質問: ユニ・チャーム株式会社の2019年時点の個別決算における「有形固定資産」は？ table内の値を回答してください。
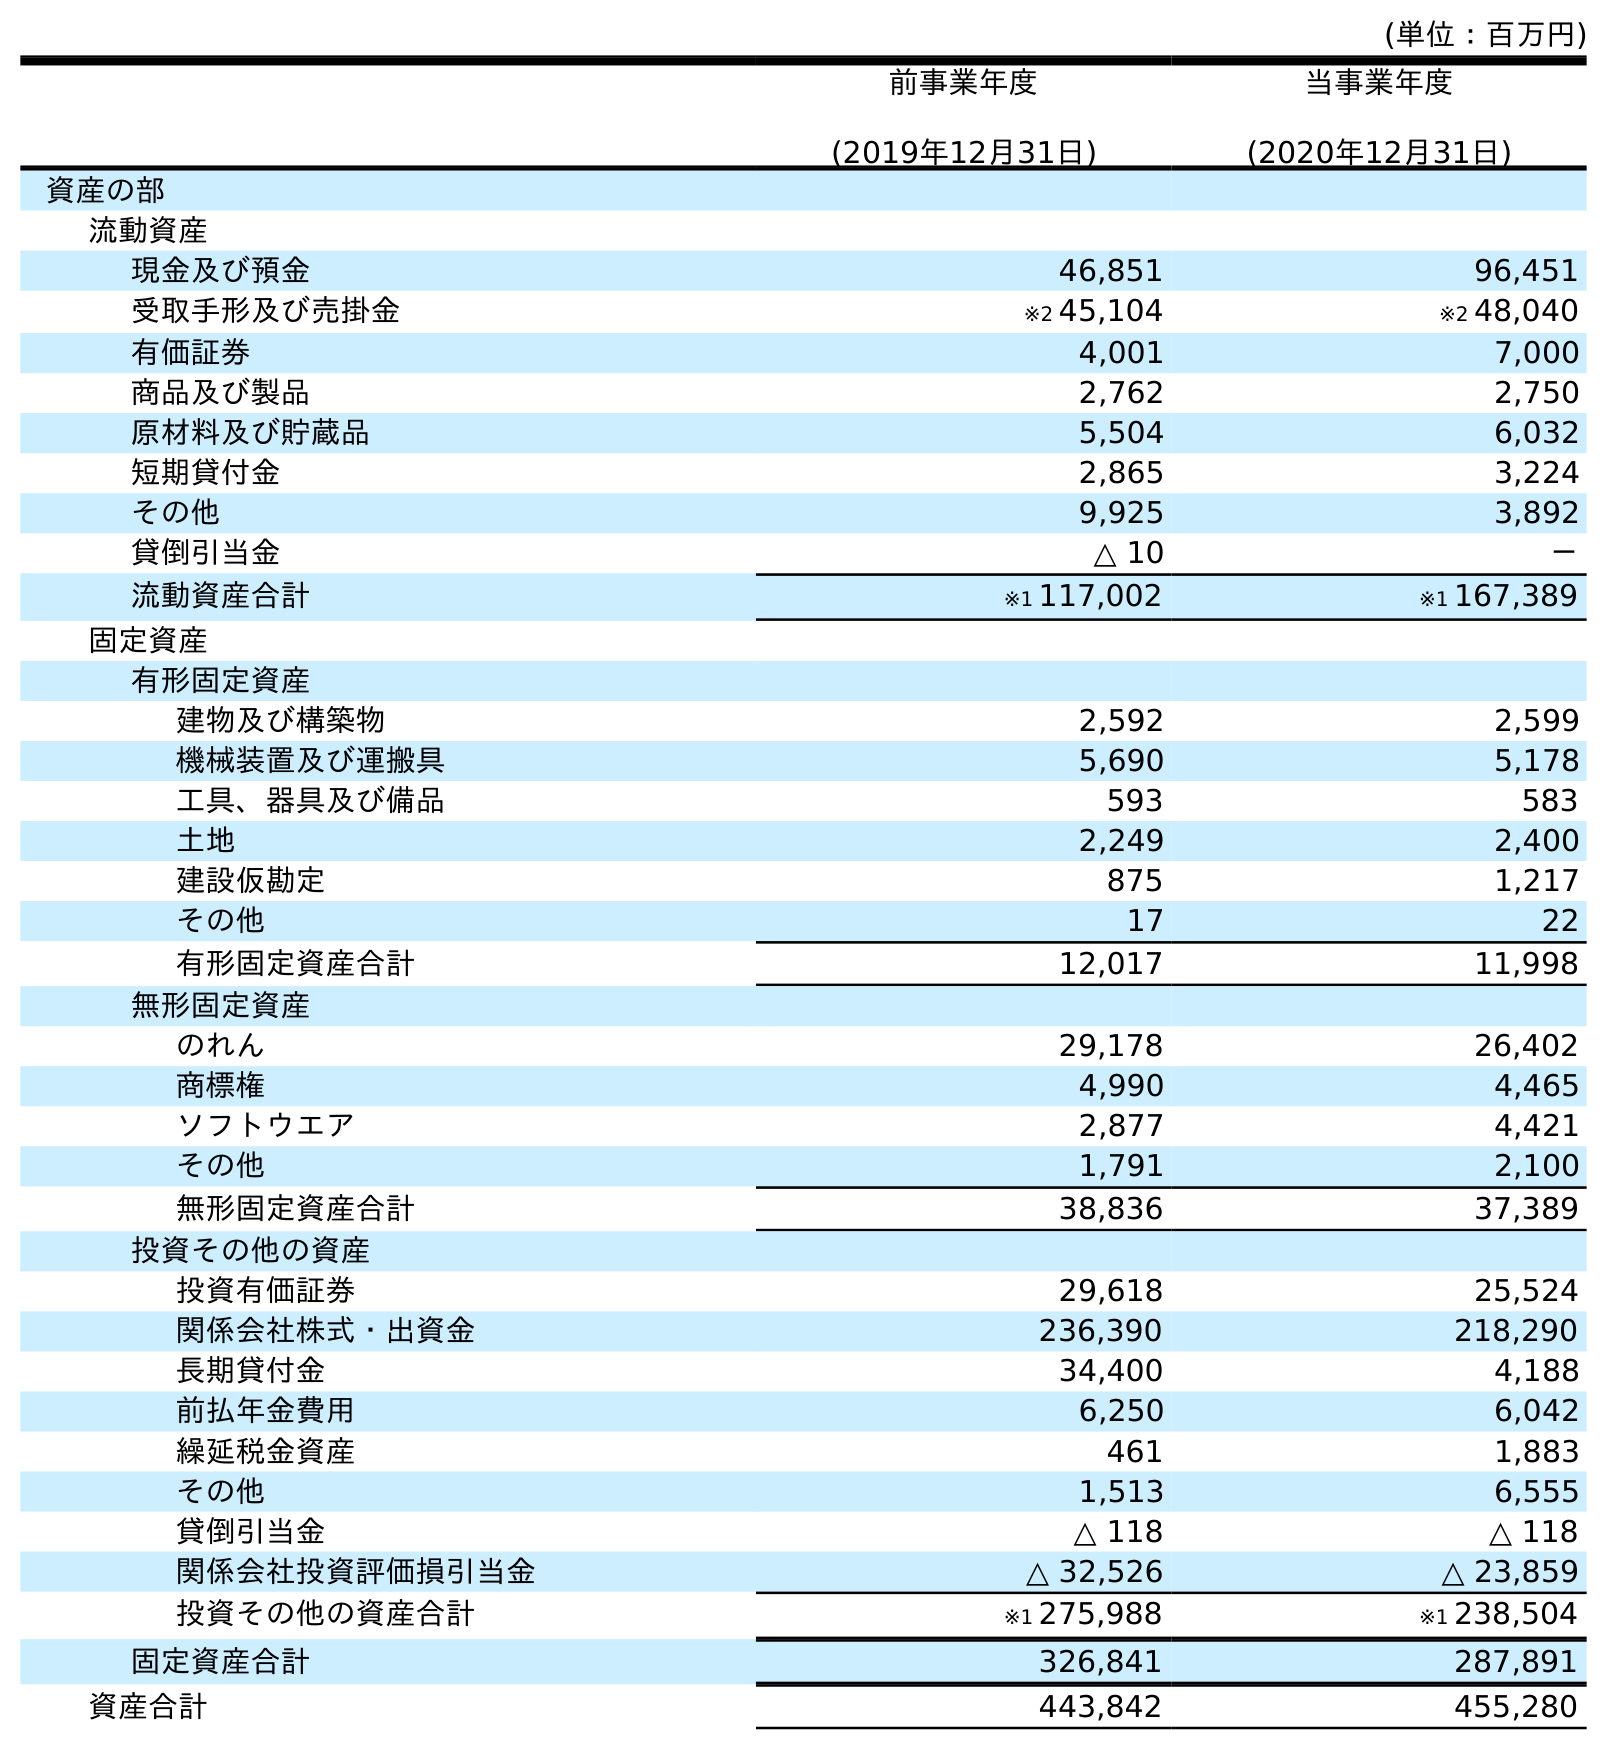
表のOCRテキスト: (単位：百万円) 前事業年度 (2019年12月31日) 当事業年度 (2020年12月31日) 資産の部 流動資産 現金及び預金 46,851 96,451 受取手形及び売掛金 ※2 45,104 ※2 48,040 有価証券 4,001 7,000 商品及び製品 2,762 2,750 原材料及び貯蔵品 5,504 6,032 短期貸付金 2,865 3,224 その他 9,925 3,892 貸倒引当金 △ 10 － 流動資産合計 ※1 117,002 ※1 167,389 固定資産 有形固定資産 建物及び構築物 2,592 2,599 機械装置及び運搬具 5,690 5,178 工具、器具及び備品 593 583 土地 2,249 2,400 建設仮勘定 875 1,217 その他 17 22 有形固定資産合計 12,017 11,998 無形固定資産 のれん 29,178 26,402 商標権 4,990 4,465 ソフトウエア 2,877 4,421 その他 1,791 2,100 無形固定資産合計 38,836 37,389 投資その他の資産 投資有価証券 29,618 25,524 関係会社株式・出資金 236,390 218,290 長期貸付金 34,400 4,188 前払年金費用 6,250 6,042 繰延税金資産 461 1,883 その他 1,513 6,555 貸倒引当金 △ 118 △ 118 関係会社投資評価損引当金 △ 32,526 △ 23,859 投資その他の資産合計 ※1 275,988 ※1 238,504 固定資産合計 326,841 287,891 資産合計 443,842 455,280
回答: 12,017